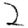
Digit: 2